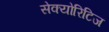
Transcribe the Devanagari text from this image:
सेक्योरिटिज